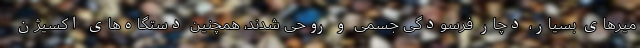
میرهای بسیار، دچار فرسودگی جسمی و روحی شدند، همچنین دستگاه‌های اکسیژن